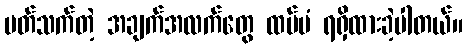
ပတ်သက်တဲ့ အချက်အလက်တွေ ထပ်မံ ရရှိထားခဲ့ပါတယ်။